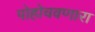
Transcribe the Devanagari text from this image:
पोहोचवणारा